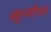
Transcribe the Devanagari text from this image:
खुर्च्यांच्या